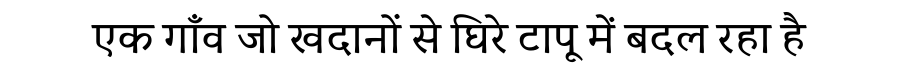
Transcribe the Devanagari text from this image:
एक गाँव जो खदानों से घिरे टापू में बदल रहा है